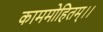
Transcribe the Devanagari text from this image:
काममोहितम्।।